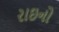
રાઇનો